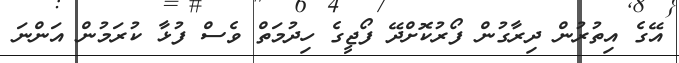
އޭގެ އިތުރުން ދިރާގުން ފޯރުކޮށްދޭ ފޯޖީގެ ހިދުމަތް ވެސް ފުޅާ ކުރަމުން އަންނަ